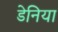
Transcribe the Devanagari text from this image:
डेनिया